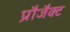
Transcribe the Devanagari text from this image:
प्रौजैक्ट